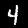
Digit: 4